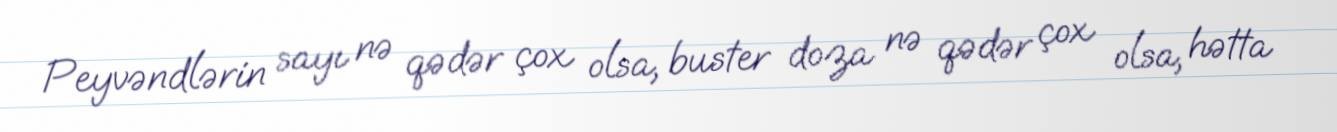
Peyvəndlərin sayı nə qədər çox olsa, buster doza nə qədər çox olsa, hətta